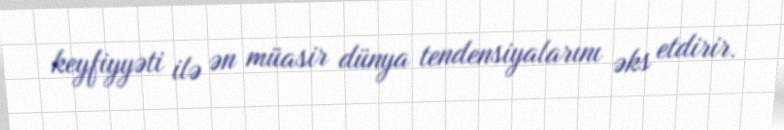
keyfiyyəti ilə ən müasir dünya tendensiyalarını əks etdirir.